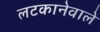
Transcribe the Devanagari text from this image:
लटकानेवाले